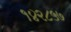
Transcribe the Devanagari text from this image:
१४२८५७